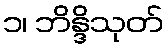
၁၊ ဘိန္ဒိသုတ်